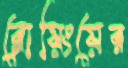
ব্লোয়িংয়ের